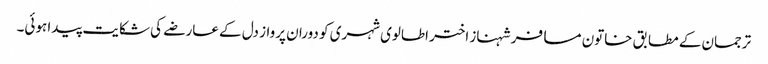
ترجمان کے مطابق خاتون مسافر شہناز اختر اطالوی شہری کو دوران پرواز دل کے عارضے کی شکایت پیدا ہوئی۔